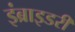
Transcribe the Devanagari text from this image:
इंब्राइडरी